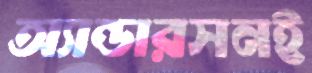
অ্যান্ডারসনই